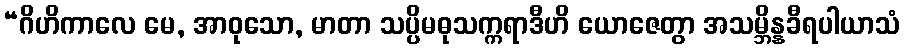
“ဂိဟိကာလေ မေ, အာဝုသော, မာတာ သပ္ပိမဓုသက္ကရာဒီဟိ ယောဇေတွာ အသမ္ဘိန္နခီရပါယာသံ